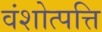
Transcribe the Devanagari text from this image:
वंशोत्पत्ति